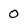
Character: 0